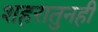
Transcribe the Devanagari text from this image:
शहरातुनही